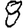
Digit: 8